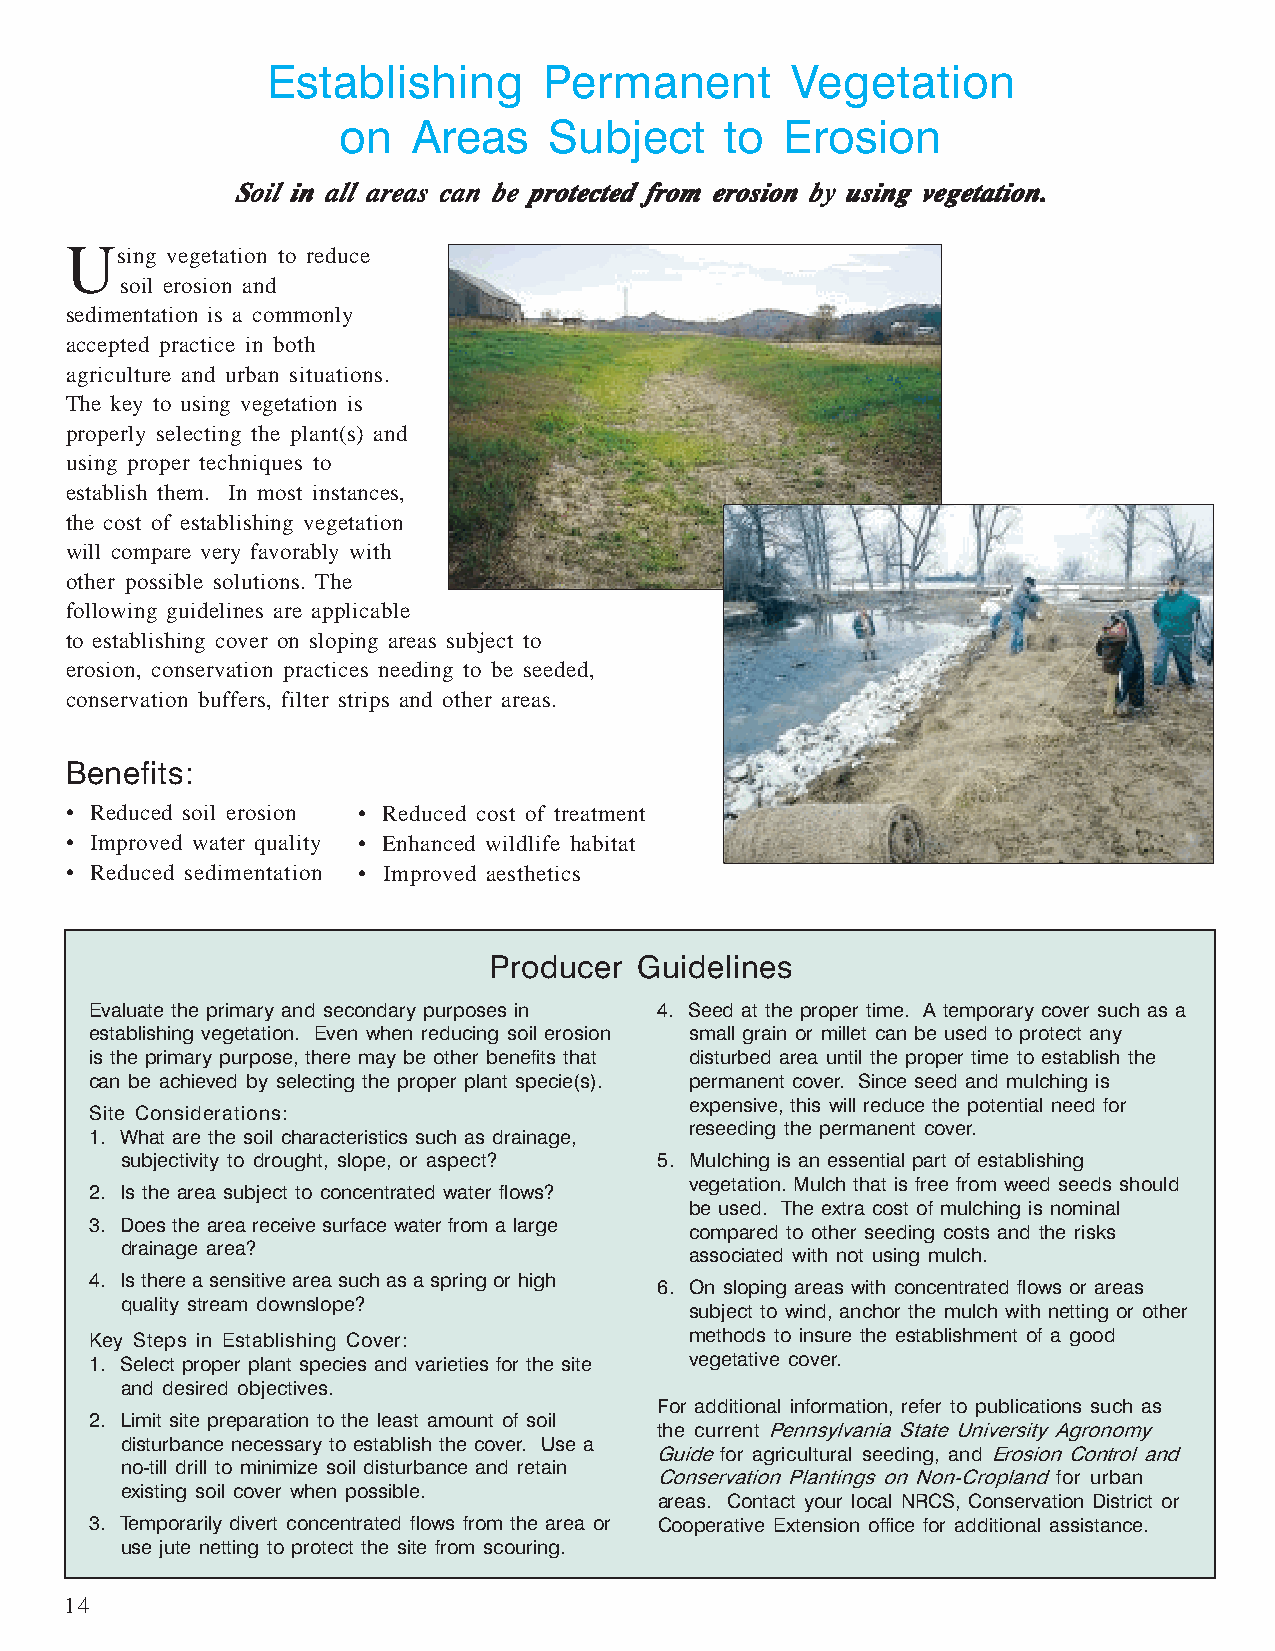
Establishing      Permanent        Vegetation
 on   Areas    Subject    to  Erosion
 SSSSSoooooiiiiilllll iiiiinnnnn aaaaallllllllll aaaaarrrrreeeeeaaaaasssss cccccaaaaannnnn bbbbbeeeee ppppprrrrrooooottttteeeeecccccttttteeeeeddddd fffffrrrrrooooommmmm eeeeerrrrrooooosssssiiiiiooooonnnnn bbbbbyyyyy uuuuusssssiiiiinnnnnggggg vvvvveeeeegggggeeeeetttttaaaaatttttiiiiiooooonnnnn.....
 U
 sing vegetation to reduce
 soil erosion and
 sedimentation is a commonly
 accepted practice in both
 agriculture and urban situations.
 The key to using vegetation is
 properly selecting the plant(s) and
 using proper techniques to
 establish them. In most instances,
 the cost of establishing vegetation
 will compare very favorably with
 other possible solutions. The
 following guidelines are applicable
 to establishing cover on sloping areas subject to
 erosion, conservation practices needing to be seeded,
 conservation buffers, filter strips and other areas.
 Benefits:
 • Reduced soil erosion • Reduced cost of treatment
 • Improved water quality • Enhanced wildlife habitat
 • Reduced sedimentation • Improved aesthetics
 Producer  Guidelines
 Evaluate the primary and secondary purposes in 4. Seed at the proper time. A temporary cover such as a
 establishing vegetation. Even when reducing soil erosion small grain or millet can be used to protect any
 is the primary purpose, there may be other benefits that disturbed area until the proper time to establish the
 can be achieved by selecting the proper plant specie(s). permanent cover. Since seed and mulching is
 expensive, this will reduce the potential need for
 Site Considerations:
 reseeding the permanent cover.
 1. What are the soil characteristics such as drainage,
 subjectivity to drought, slope, or aspect? 5. Mulching is an essential part of establishing
 vegetation. Mulch that is free from weed seeds should
 2. Is the area subject to concentrated water flows?
 be used. The extra cost of mulching is nominal
 3. Does the area receive surface water from a large
 compared to other seeding costs and the risks
 drainage area?
 associated with not using mulch.
 4. Is there a sensitive area such as a spring or high
 6. On sloping areas with concentrated flows or areas
 quality stream downslope?
 subject to wind, anchor the mulch with netting or other
 Key Steps in Establishing Cover:        methods to insure the establishment of a good
 1. Select proper plant species and varieties for the site vegetative cover.
 and desired objectives.
 For additional information, refer to publications such as
 2. Limit site preparation to the least amount of soil
 the current Pennsylvania State University Agronomy
 disturbance necessary to establish the cover. Use a
 Guide for agricultural seeding, and Erosion Control and
 no-till drill to minimize soil disturbance and retain
 Conservation Plantings on Non-Cropland for urban
 existing soil cover when possible.
 areas. Contact your local NRCS, Conservation District or
 3. Temporarily divert concentrated flows from the area or Cooperative Extension office for additional assistance.
 use jute netting to protect the site from scouring.
 14